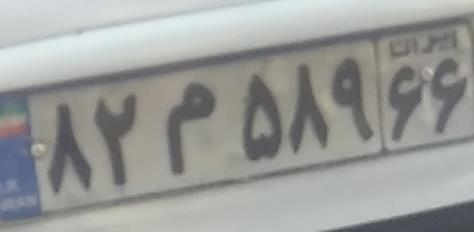
۸۲م۵۸۹۶۶